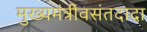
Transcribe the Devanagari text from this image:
मुख्यमंत्रीवसंतदादा